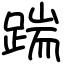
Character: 踹